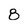
Character: 8